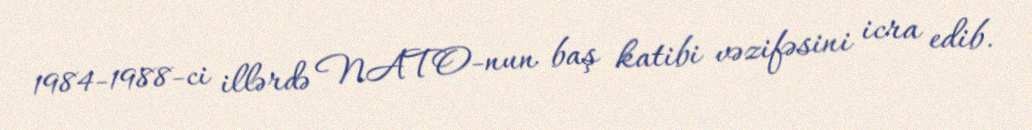
1984-1988-ci illərdə NATO-nun baş katibi vəzifəsini icra edib.